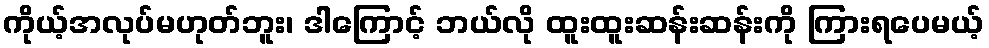
ကိုယ့်အလုပ်မဟုတ်ဘူး၊ ဒါကြောင့် ဘယ်လို ထူးထူးဆန်းဆန်းကို ကြားရပေမယ့်